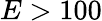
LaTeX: E>100